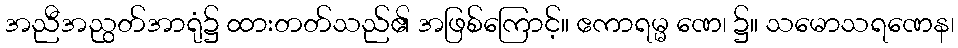
အညီအညွတ်အာရုံ၌ ထားတတ်သည်၏ အဖြစ်ကြောင့်။ ဧကာရမ္မ ဏေ၊ ၌။ သမောသရဏေန၊